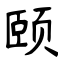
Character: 颐